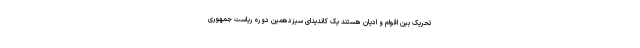
تحریک بین اقوام و ادیان هستند یک کاندیدای سیزدهمین دوره ریاست جمهوری